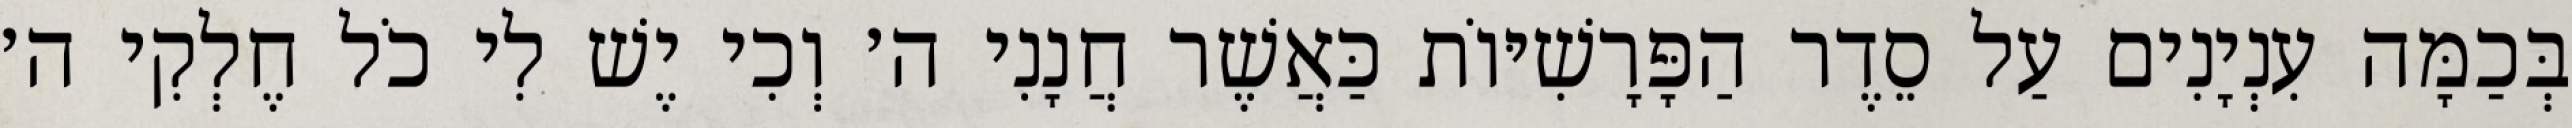
בְּכַמָּה עִנְיָנִים עַל סֵדֶר הַפָּרָשִׁיּוֹת כַּאֲשֶׁר חֲנָנִי ה׳ וְכִי יֶשׁ לִי כֹל חֶלְקִי ה׳